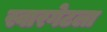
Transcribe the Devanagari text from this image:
स्वारगेटला